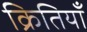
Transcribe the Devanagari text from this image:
क्रितियाँ